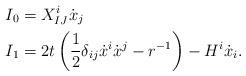
LaTeX: \begin{align*}I_{0} & =X_{IJ}^{i}\dot{x}_{j}\\I_{1} & =2t\left( \frac{1}{2}\delta_{ij}\dot{x}^{i}\dot{x}^{j}-r^{-1}\right) -H^{i}\dot{x}_{i}. \end{align*}